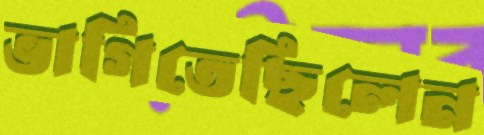
ভাগিতেছিলেন